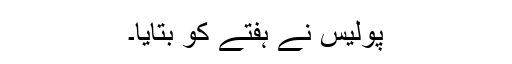
پولیس نے ہفتے کو بتایا۔